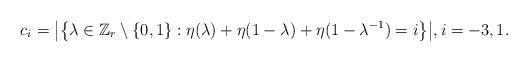
LaTeX: \begin{align*}c_i=\bigl|\bigl\{\lambda\in\Bbb Z_r\setminus\{0,1\}:\eta(\lambda)+\eta(1-\lambda)+\eta(1-\lambda^{-1})=i\bigr\}\bigr|,i=-3,1.\end{align*}